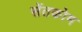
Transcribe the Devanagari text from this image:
सेंतकोम